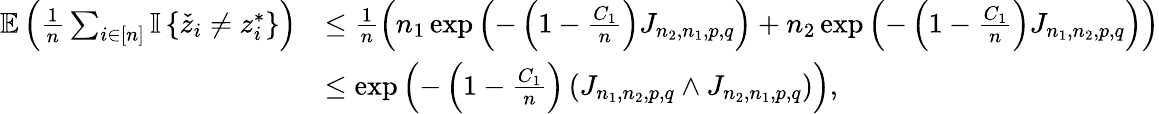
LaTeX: \begin{array}{rl}{\mathbb{E}\left(\frac{1}{n}\sum_{i\in[n]}{\mathbb{I}\left\{ {\check{z}_{i}\neq z_{i}^{*}}\right\} }\right)}&{\leq\frac{1}{n}\left(n_{1}\exp\left(-\left(1-\frac{C_{1}}{n}\right)J_{n_{2},n_{1},p,q}\right)+n_{2}\exp\left(-\left(1-\frac{C_{1}}{n}\right)J_{n_{1},n_{2},p,q}\right)\right)}\\ &{\leq\exp\left(-\left(1-\frac{C_{1}}{n}\right)\left(J_{n_{1},n_{2},p,q}\wedge J_{n_{2},n_{1},p,q}\right)\right),}\end{array}